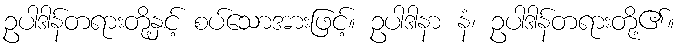
ဥပါဒါန်တရားတို့နှင့် စပ်သောအားဖြင့်။ ဥပါဒါနာ နံ၊ ဥပါဒါန်တရားတို့၏။